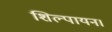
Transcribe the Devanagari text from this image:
शिल्पायन।